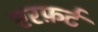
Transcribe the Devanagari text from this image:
एरफ़र्ट